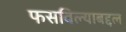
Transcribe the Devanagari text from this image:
फसविल्याबद्दल